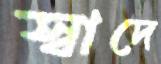
স্বাদে